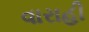
વારાહી